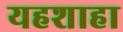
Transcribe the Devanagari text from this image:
यहशाहा